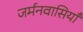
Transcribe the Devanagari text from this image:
जर्मनवासियाँ